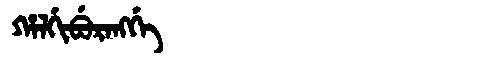
Manchu: ᡥᠠᠯᡤᡳᠪᡠᡵᠠᠩᡤᡝ
Romanization: HALGIBURANGGE